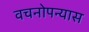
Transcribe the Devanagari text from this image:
वचनोपन्यास